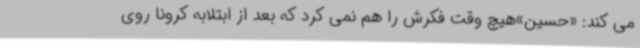
می کند: «حسین»هیچ وقت فکرش را هم نمی کرد که بعد از ابتلابه کرونا روی